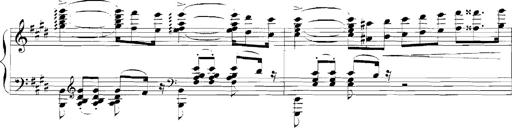
Title: Rhapsodies hongroises
Composer: Franz Liszt